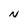
Character: N